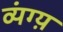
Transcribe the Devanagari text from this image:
व्यंग्य़